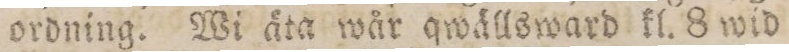
ordning. Wi äta wår qwällsward kl. 8 wid